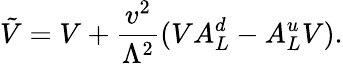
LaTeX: \tilde{V}=V+\frac{v^{2}}{\Lambda^{2}}(VA_{L}^{d}-A_{L}^{u}V).